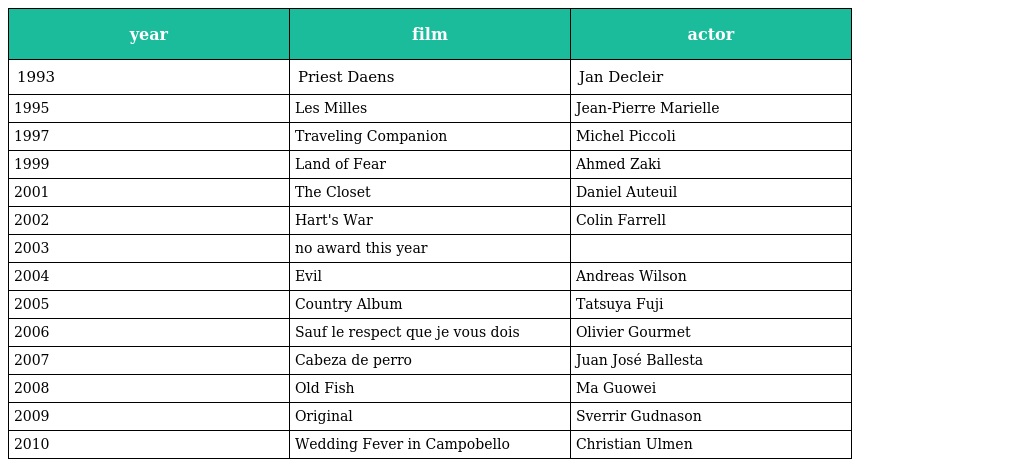
| year | film | actor |
 | --- | --- | --- |
 | 1993 | Priest Daens | Jan Decleir |
 | 1995 | Les Milles | Jean-Pierre Marielle |
 | 1997 | Traveling Companion | Michel Piccoli |
 | 1999 | Land of Fear | Ahmed Zaki |
 | 2001 | The Closet | Daniel Auteuil |
 | 2002 | Hart's War | Colin Farrell |
 | 2003 | no award this year |  |
 | 2004 | Evil | Andreas Wilson |
 | 2005 | Country Album | Tatsuya Fuji |
 | 2006 | Sauf le respect que je vous dois | Olivier Gourmet |
 | 2007 | Cabeza de perro | Juan José Ballesta |
 | 2008 | Old Fish | Ma Guowei |
 | 2009 | Original | Sverrir Gudnason |
 | 2010 | Wedding Fever in Campobello | Christian Ulmen |